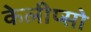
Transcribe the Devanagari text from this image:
केलीप्सो